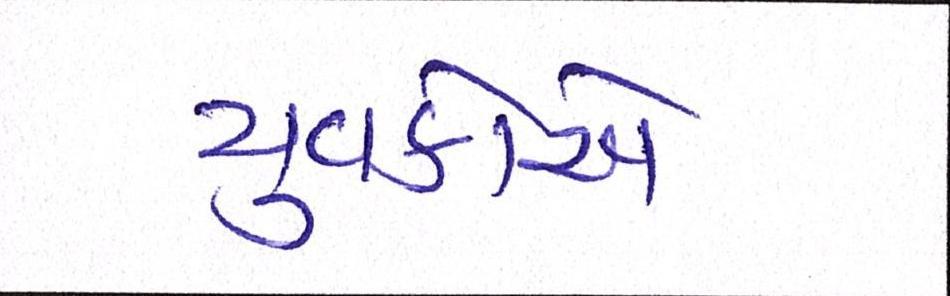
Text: યુવકોએ